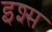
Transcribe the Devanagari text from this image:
इश्स